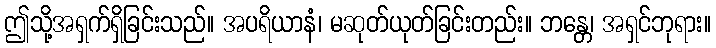
ဤသို့အရှက်ရှိခြင်းသည်။ အပရိယာနံ၊ မဆုတ်ယုတ်ခြင်းတည်း။ ဘန္တေ၊ အရှင်ဘုရား။